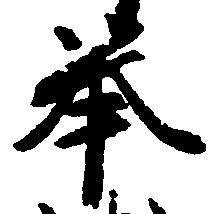
挙